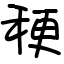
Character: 稉